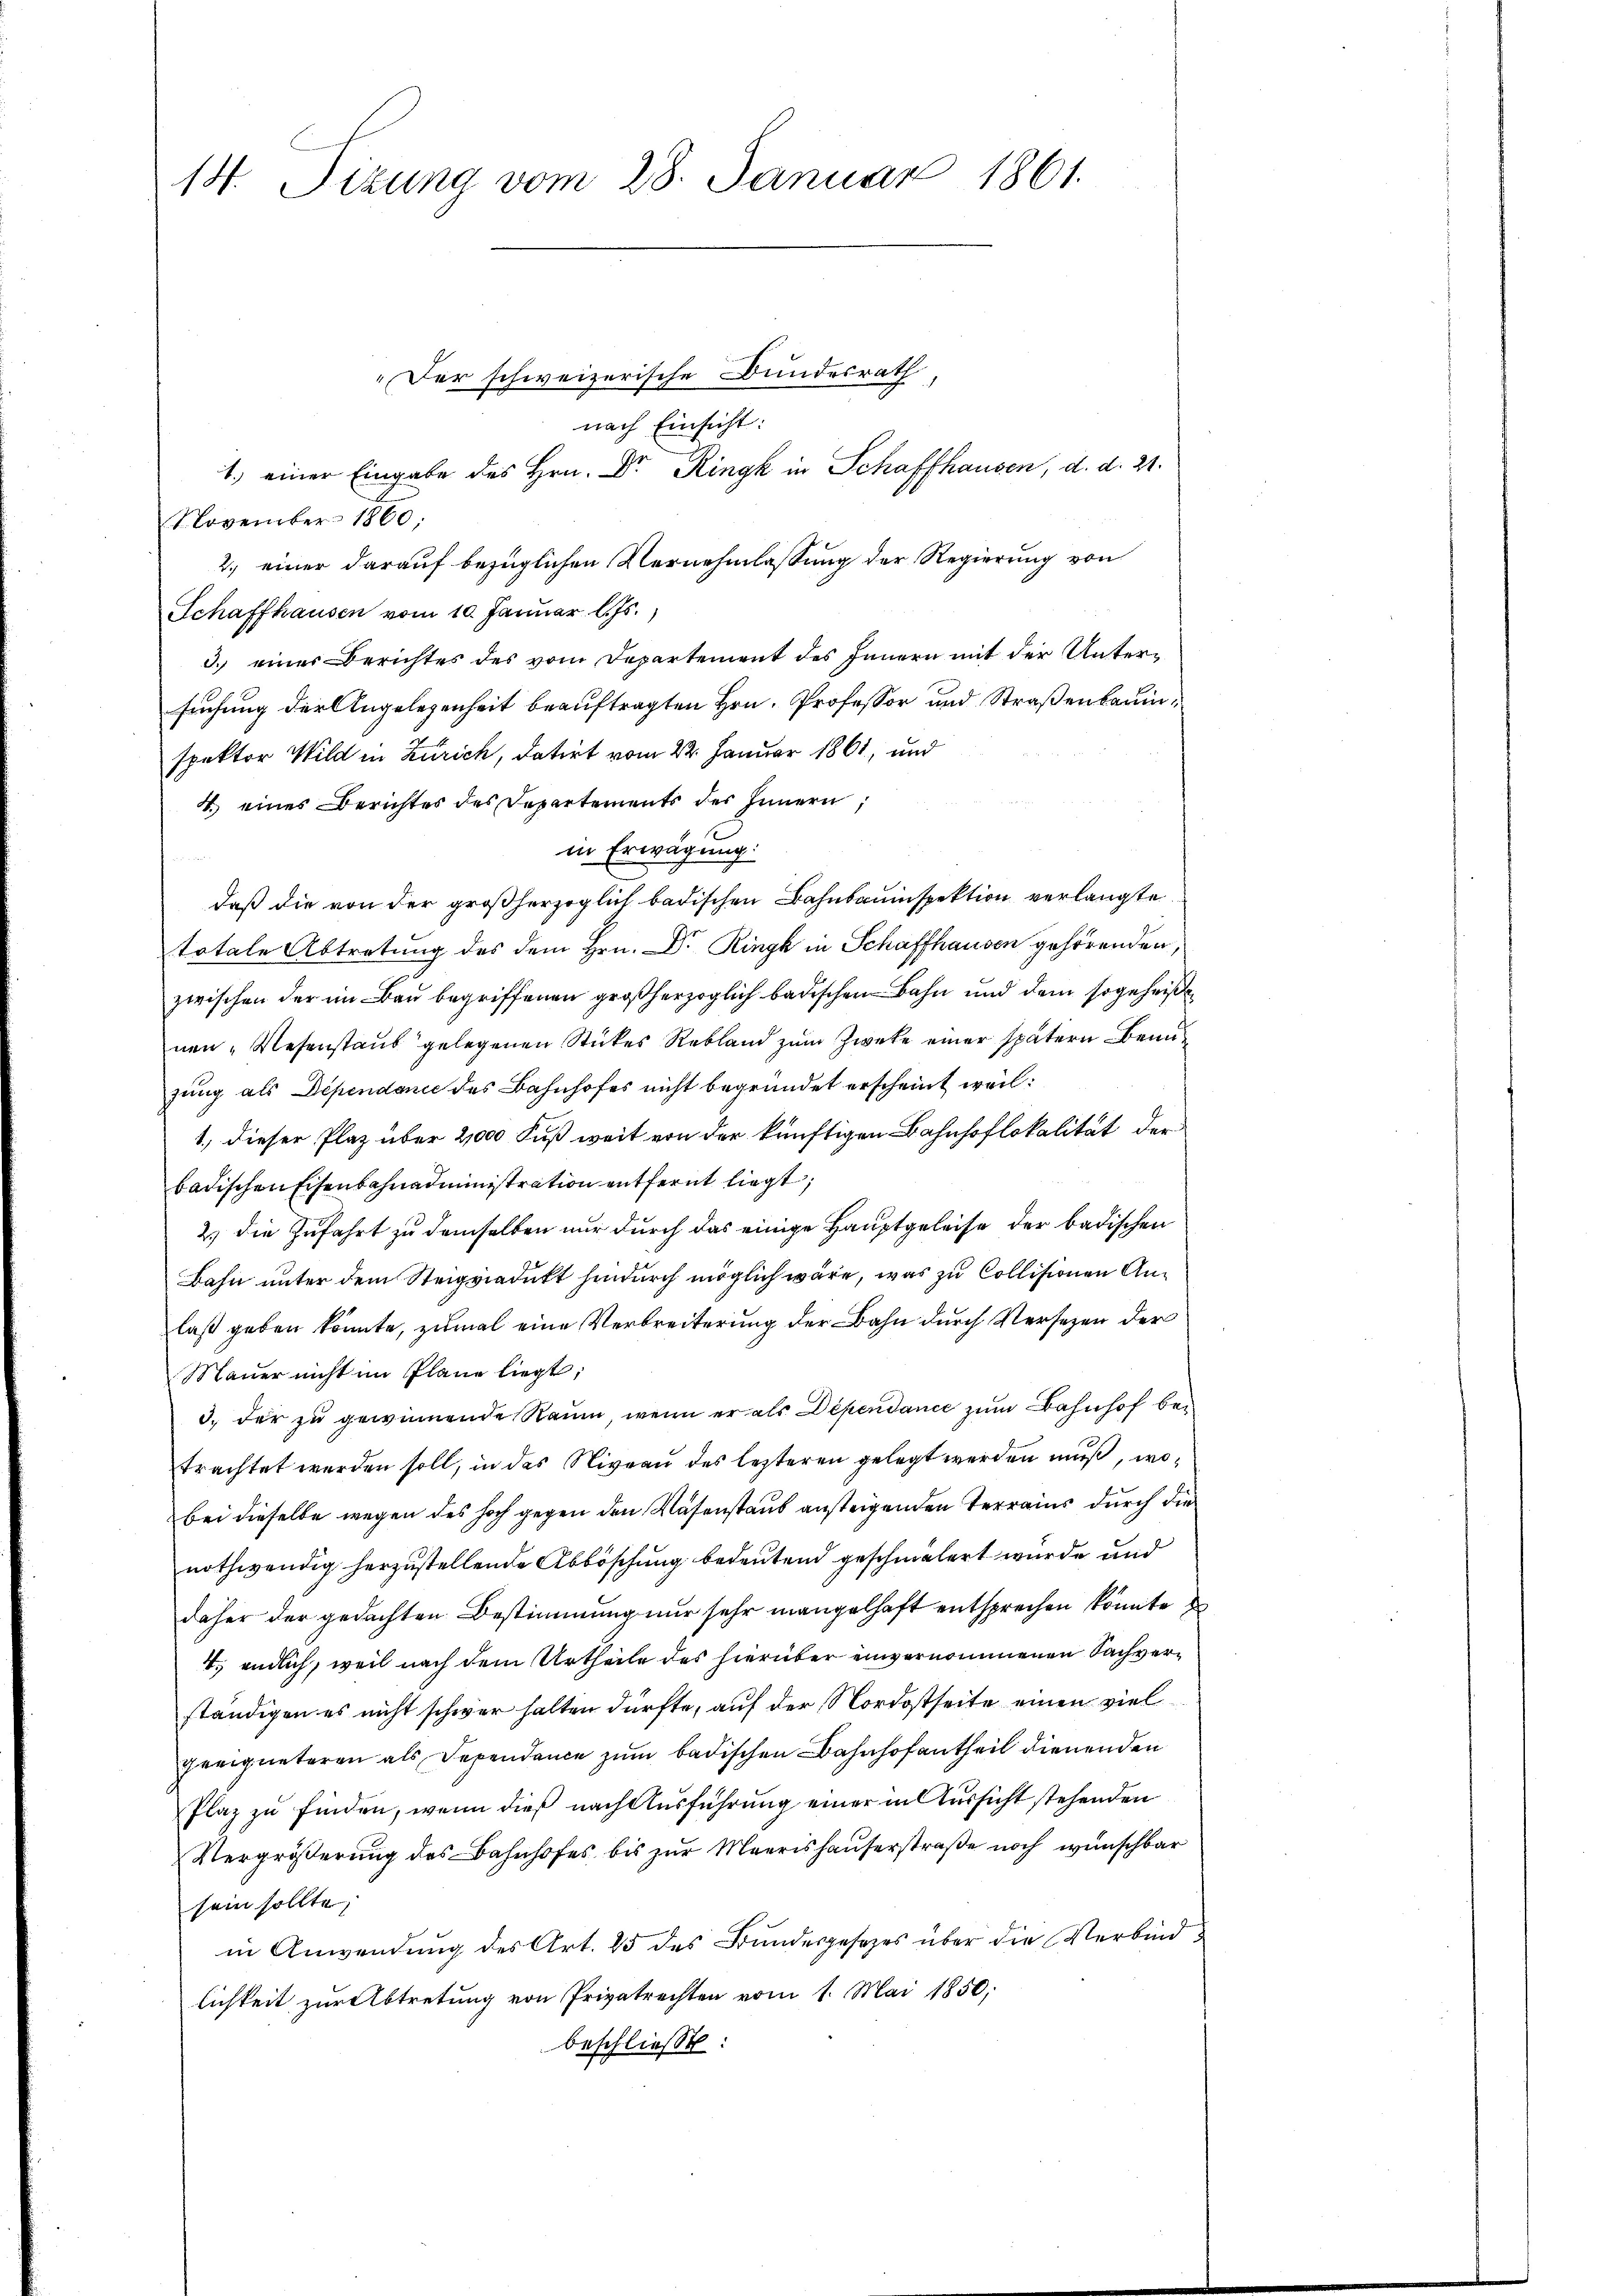
14. Tizung vom 28. Januar 1861.

„Der schweizerische Bundesrath
nach Einsicht:
1. einer Eingabe des Hrn. Dr. Ringk in Schaffhausen, d. d. 21.
November 1860;
2.) einer darauf bezüglichen Vernehmlassung der Regierung von
Schaffhausen vom 10. Januar l. Js.,
3.) eines Berichtes des vom Departement des Innern mit der Untersuchung der Angelegenheit beauftragten Hrn. Professor und Straßenbaren,
spektor Wild in Zürich, datirt vom 22. Januar 1861, und
4. eines Berichter des Departements des Innern,
in Erwägung.
daß die von der großherzoglich badischen Bahnbauinspektion verlangte
totale Abtretung des dem Hrn. Dr. Ringk in Schaffhausen gehörenden,
zwischen der im Bau begriffenen großherzoglich badischen Bahn und dem so geheiße
nen „Wesenstaub gelegenen Stückes Rebland zum Zweke einer spätern Benuzung als Dependance des Bahnhofes nicht begründet erscheint, weil:
1., dieser Plaz über 2,000 Fuß weit von der künftigen Bahnhoflokalität der
badischen Eisenbahnadministration entfernt liegt;
2.) Die Zufahrt zu demselben nur durch das einige Hauptgeleise der badischen
Bahn unter dem Steigviadukt hindurch möglich wäre, was zu Collisionen Anlaß geben könnte, zumal eine Verbreiterung der Bahn durch Versezen der
Mauer nicht im Plane liegt,
3. der zu gewinnende Raum, wenn er als Dependance zum Bahnhof bei
trachtet werden soll, in das Niveau des lezteren gelegt werden muß, wobei dieselbe wegen des hoch gegen den Wasenstaub ansteigenden Terrains durch die
nothwendig herzustellende Abböschung bedeutend geschmälert wurde und
daher der gedachten Bestimmung nur sehr mangelhaft entsprechen könnte
4. endlich, weil nach dem Urtheile des hierüber einvernommenen Sachverständigen es nicht schwer halten dürfte, auf der Nordostseite einen viel
geeigneteren als Dependance zum badischen Bahnhofantheil dienenden
Plaz zu finden, wenn dieß nach Ausführung einer in Aussicht stehenden
Vergrößerung des Bahnhofes bis zur Maerishauserstraße noch wünschbar
sein sollte,
in Anwendung des Art. 25 des Bundesgesetzes über die Verbindlichkeit zur Abtretung von Privatrechten vom 1. Mai 1850,
beschließt: